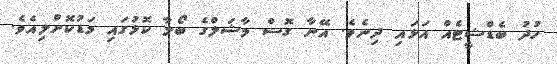
ހުދު ބެޑްޝީޓެއް އަޅައި ދިނެވެ. އޭނާ ގޮސް މާޝަލްގެ ބޯލާ ކޮޅުގައި މަޑުކޮށްލިއެވެ.